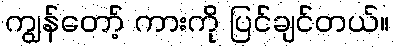
ကျွန်တော့် ကားကို ပြင်ချင်တယ်။